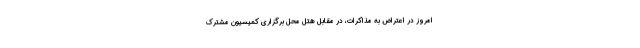
امروز در اعتراض به مذاکرات، در مقابل هتل محل برگزاری کمیسیون مشترک